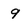
Character: 9